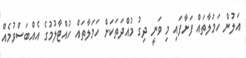
އަލުން ހަމަލާތައް ފަށާފައި މި ވަނީ ދިގު މުއްދަތަކަށް ހަމަލާތައް ހުއްޓާލުމުގެ އެއްބަސްވުމެއް